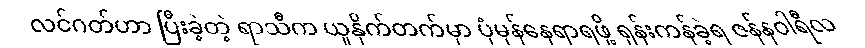
လင်ဂတ်ဟာ ပြီးခဲ့တဲ့ ရာသီက ယူနိုက်တက်မှာ ပုံမှန်နေရာရဖို့ ရုန်းကန်ခဲ့ရ ဇန်နဝါရီလ